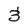
Character: 3